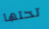
تحتها